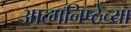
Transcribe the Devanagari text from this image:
आत्मनिष्ठेच्या